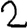
Digit: 2